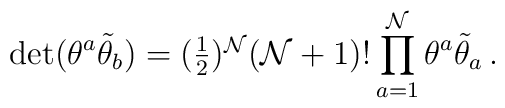
\det(\theta^{a}\tilde{\theta}_{b})=(\textstyle{\frac{1}{2}})^{{\cal N}}({\cal N}+1)!\,\displaystyle{\prod_{a=1}^{{\cal N}}\theta^{a}\tilde{\theta}_{a}}\,.